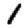
Digit: 1